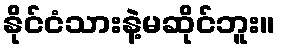
နိုင်ငံသားနဲ့မဆိုင်ဘူး။